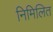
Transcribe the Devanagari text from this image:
निमिलित